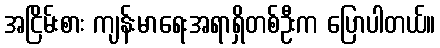
အငြိမ်းစား ကျန်းမာရေးအရာရှိတစ်ဦးက ပြောပါတယ်။